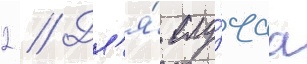
2 // Дл'я́ слу́чаа